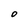
Character: O